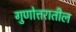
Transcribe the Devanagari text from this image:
गुणोत्तरातील